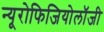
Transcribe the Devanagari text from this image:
न्यूरोफिजियोलॉजी